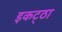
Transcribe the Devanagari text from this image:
इकट्‌ठा